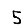
Digit: 5